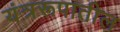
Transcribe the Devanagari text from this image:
यंत्ररूपातील